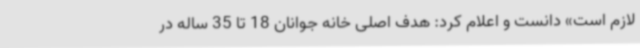
لازم است» دانست و اعلام کرد: هدف اصلی خانه جوانان 18 تا 35 ساله در